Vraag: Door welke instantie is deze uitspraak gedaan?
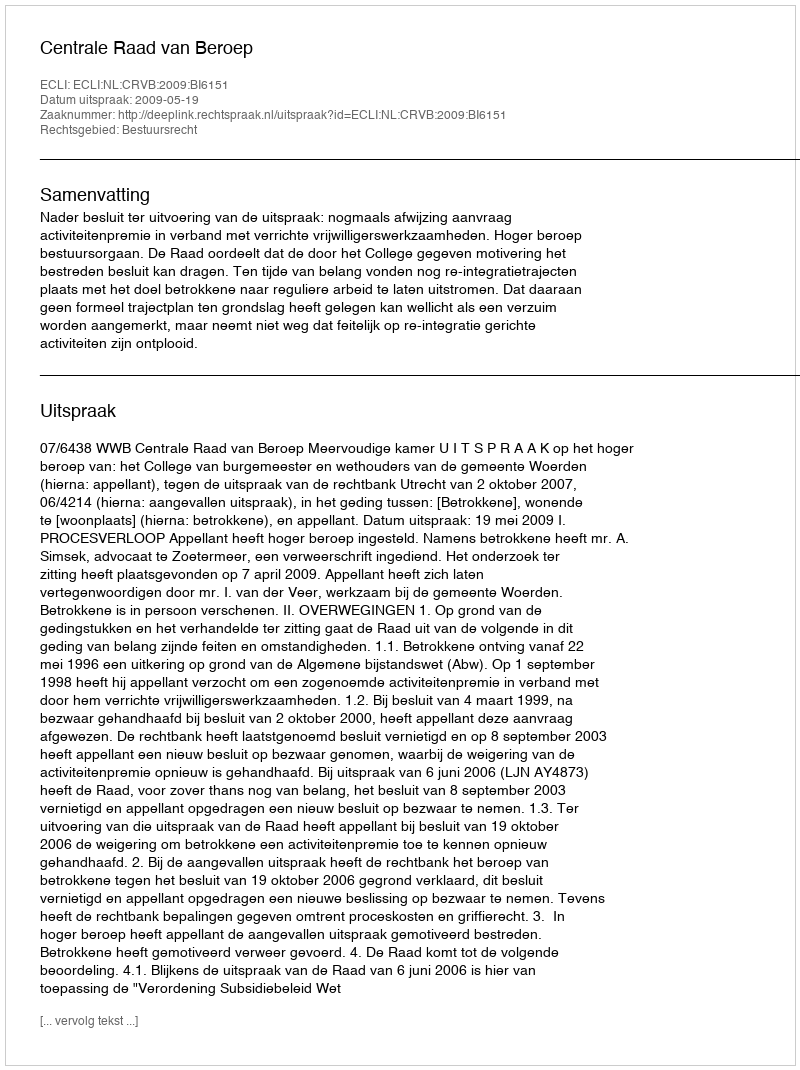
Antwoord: Centrale Raad van Beroep